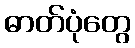
ဓာတ်ပုံတွေ